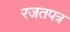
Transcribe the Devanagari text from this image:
रजतपत्र